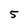
Character: 5